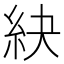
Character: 䊽